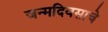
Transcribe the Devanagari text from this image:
जन्मदिवसाचे